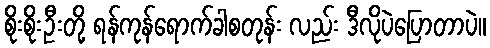
စိုးစိုးဦးတို့ ရန်ကုန်ရောက်ခါစတုန်း လည်း ဒီလိုပဲပြောတာပဲ။